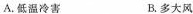
A.低温冷害 B.多大风